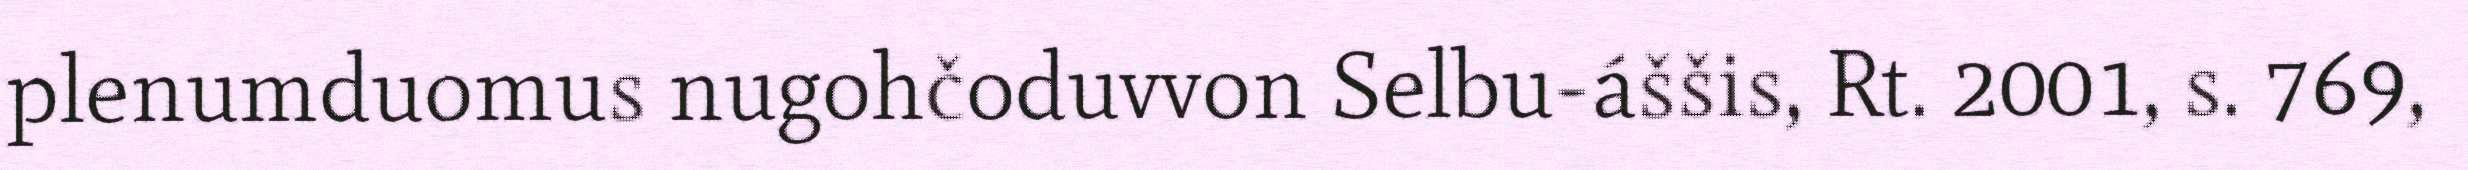
plenumduomus nugohčoduvvon Selbu-áššis, Rt. 2001, s. 769,